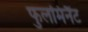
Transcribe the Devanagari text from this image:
फुलमिनैंट